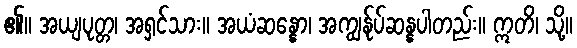
၏။ အယျပုတ္တ၊ အရှင်သား။ အယံဆန္နော၊ အကျွန်ုပ်ဆန္နပါတည်း။ ဣတိ၊ သို့။